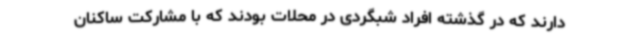
دارند که در گذشته افراد شبگردی در محلات بودند که با مشارکت ساکنان